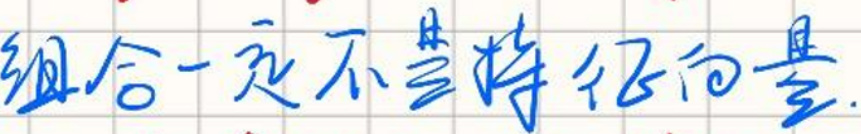
组合一次不寻常的量。